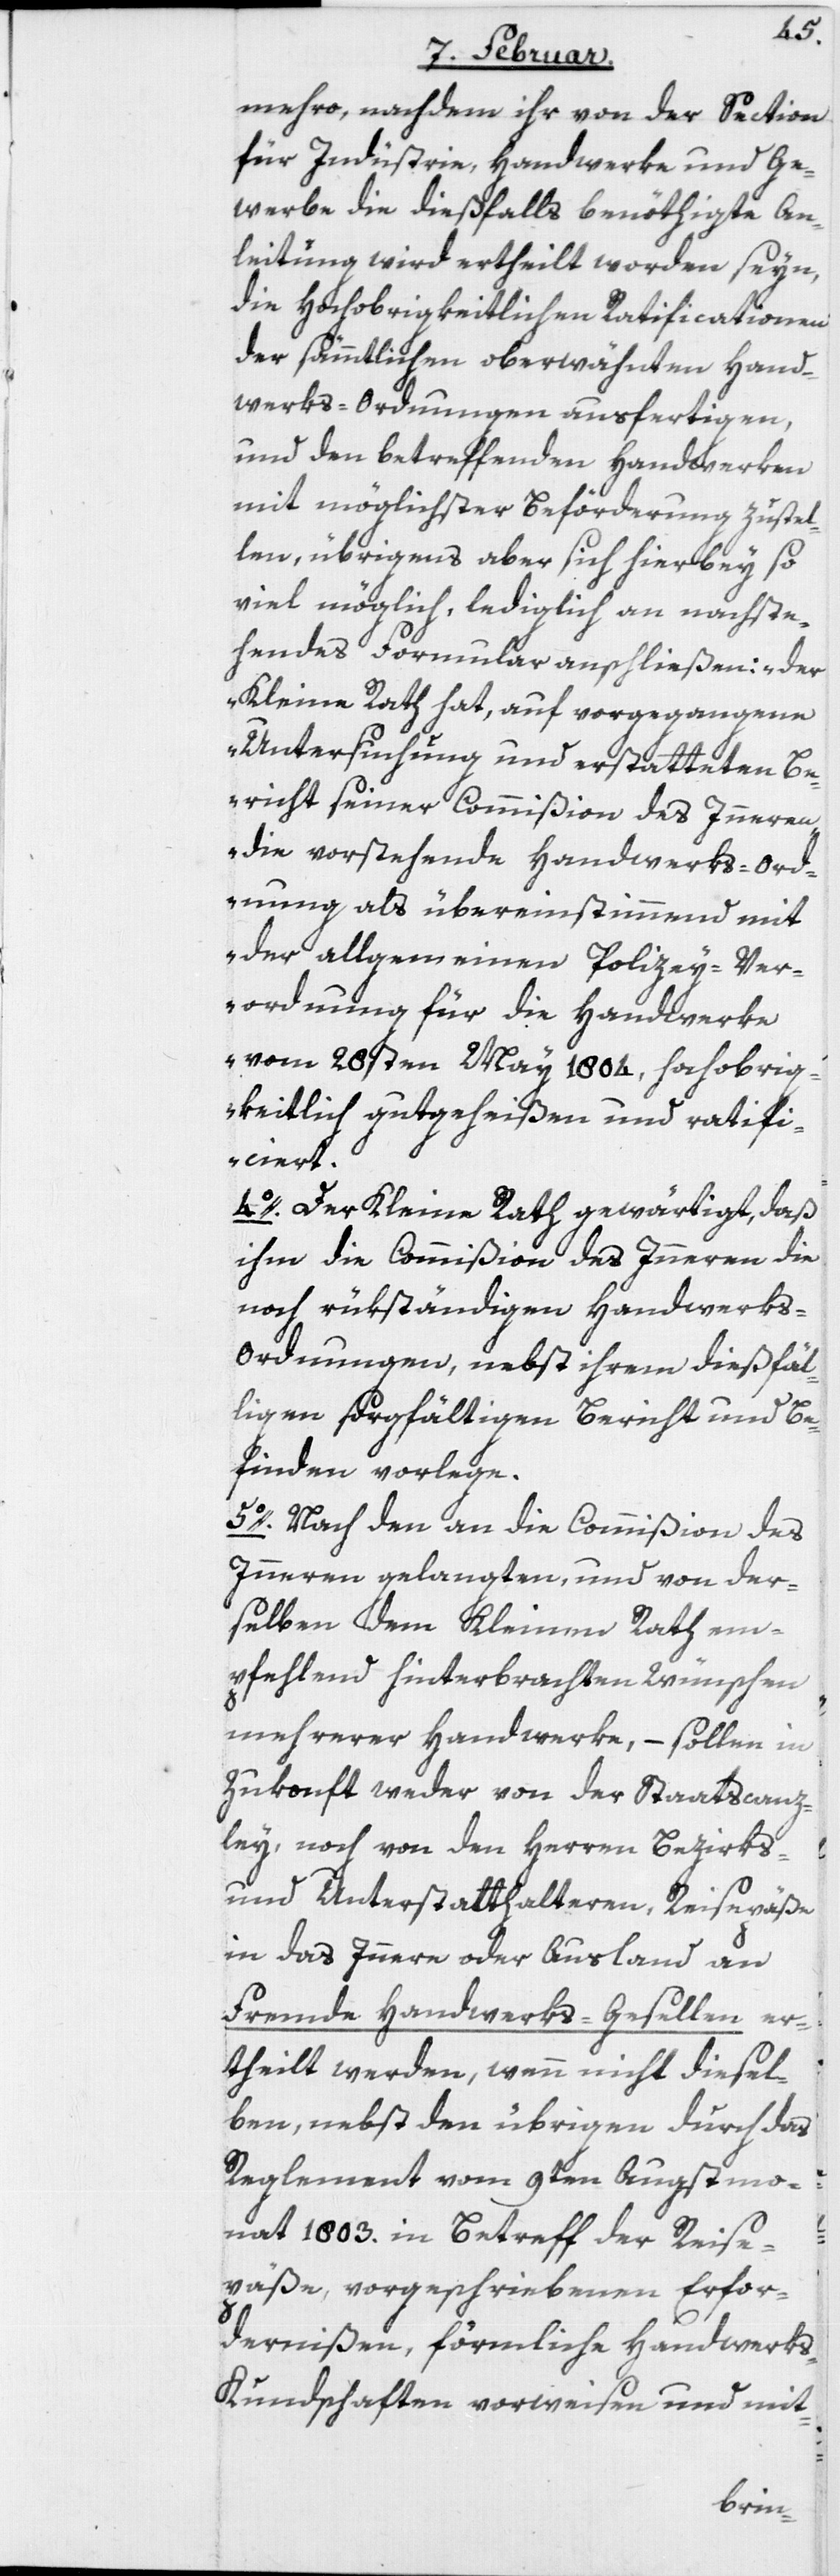
mehro, nachdem ihr von der Section
für Indüstrie, Handwerke und Ge¬
werbe die dießfalls benöthigte An¬
leitung wird ertheilt worden seyn,
die Hochobrigkeitlichen Ratificationen
der sämmtlichen oberwähnten Hand¬
werks-Ordnungen ausfertigen,
und den betreffenden Handwerken
mit möglichster Beförderung zustel¬
len, übrigens aber sich hierbey so
viel möglich, lediglich an nachste¬
hendes Formular anschließen: „der
Kleine Rath hat, auf vorgegangene
Untersuchung und erstatteten Be¬
richt seiner Commißion des Inneren
die vorstehende Handwerks-Ord¬
nung als übereinstimmend mit
der allgemeinen Polizey-Ver¬
ordnung für die Handwerke
vom 28sten May 1804, Hochobrig¬
keitlich gutgeheißen und ratifi¬
ciert.“
4o. Der Kleine Rath gewärtigt, daß
ihm die Commißion des Inneren die
noch rükständigen Handwerks-O¬
rdnungen, nebst ihrem dießfäl¬
ligen sorgfältigen Bericht und Be¬
finden vorlege.
5o. Nach den an die Commißion des
Inneren gelangten, und von der¬
selben dem Kleinen Rath em¬
pfehlend hinterbrachten Wünschen
mehrerer Handwerke, – sollen in
Zukonft weder von der Staatscanz¬
ley, noch von den Herren Bezirks-
und Unterstatthalteren, Reisepäße
in das Innere oder Ausland an
Fremde Handwerks-Gesellen er¬
theilt werden, wenn nicht diesel¬
ben, nebst den übrigen durch das
Reglement vom 9ten Augstmo¬
nat 1803. in Betreff der Reise¬
päße, vorgeschriebenen Erfor¬
dernißen, förmliche Handwerk¬
s-Kundschaften vorweisen und mit-